Document type: Emphyteutic lease
Year: 1333
Scribe: Berenguer Simó
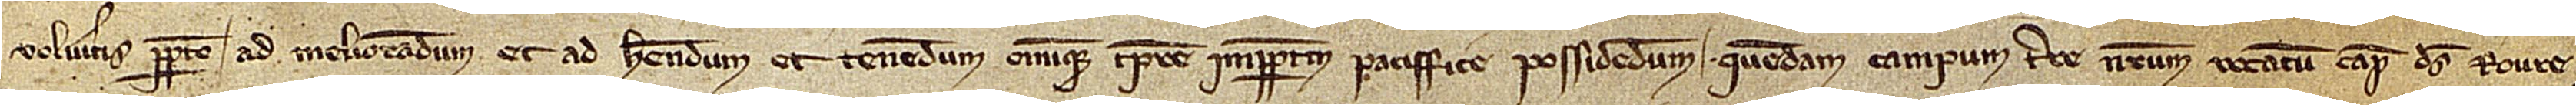
volueritis perpetuo ad meliorandum et ad habendum et tenendum omnique tempore imperpetuum paciffice possidendum quendam campum terre nostrum vocatum Camp des Roure,